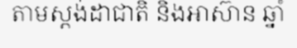
តាមស្តង់ដាជាតិ និងអាស៊ាន ឆ្នាំ